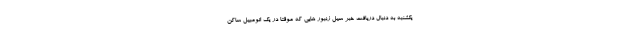
یکشنبه به دنبال دریافت خبر سیل زنبور هایی که موقتا در یک اتومبیل ساکن